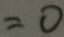
= 0